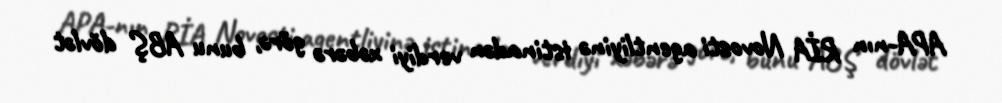
APA-nın RİA Novosti agentliyinə istinadən verdiyi xəbərə görə, bunu ABŞ dövlət